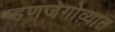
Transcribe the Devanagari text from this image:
म्हणजेगोव्यात